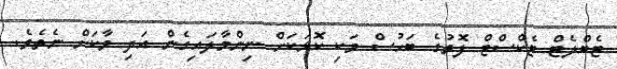
ޓެބްލެޓް ޓެކްސްޓް ފޮތުގެ ބަހުސް ވަކި ކޮޅަކަށް ނިންމާލައިގެން އަދި ވާކަށް ނެތެވެ.